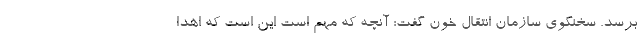
برسد. سخنگوی سازمان انتقال خون گفت: آنچه که مهم است این است که اهدا